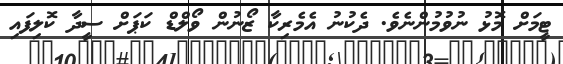
ޓީމަށް މޮޅު ނުވުމުންނެވެ. ދެކުނު އެމެރިކާ ޒޯނުން ވޯލްޑް ކަޕަށް ސީދާ ކޮލިފައި